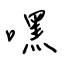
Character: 嘿